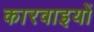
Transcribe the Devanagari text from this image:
कारवाइयों